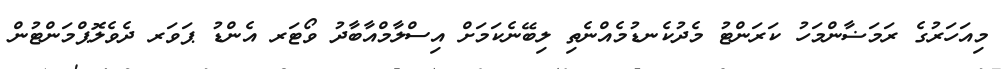
މިއަހަރުގެ ރަމަޟާންމަހު ކަރަންޓު މެދުކެނޑުމެއްނެތި ލިބޭނެކަމަށް އިސްލާމްއާބާދު ވޯޓަރ އެންޑު ޕަވަރ ދެވެލޮޕްމަންޓުން